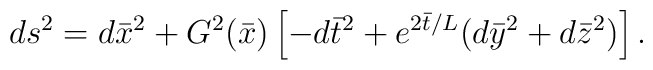
ds^2 = d {\bar x}^2 + G^2({\bar x})\left[ -d{\bar t}^2+ e^{2{\bar t} /L}(d{\bar y}^2+d{\bar z}^2) \right].